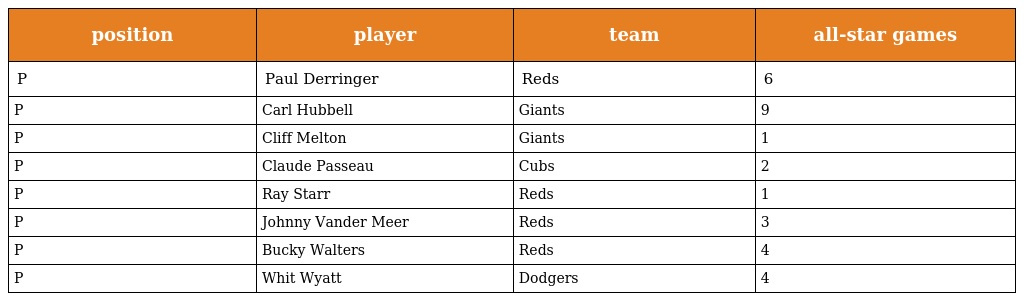
| position | player | team | all-star games |
 | --- | --- | --- | --- |
 | P | Paul Derringer | Reds | 6 |
 | P | Carl Hubbell | Giants | 9 |
 | P | Cliff Melton | Giants | 1 |
 | P | Claude Passeau | Cubs | 2 |
 | P | Ray Starr | Reds | 1 |
 | P | Johnny Vander Meer | Reds | 3 |
 | P | Bucky Walters | Reds | 4 |
 | P | Whit Wyatt | Dodgers | 4 |